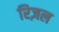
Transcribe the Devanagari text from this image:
रिज़ल